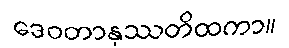
ဒေဝတာနုဿတိထကာ။